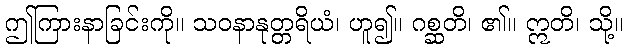
ဤကြားနာခြင်းကို။ သဝနာနုတ္တရိယံ၊ ဟူ၍။ ဂစ္ဆတိ၊ ၏။ ဣတိ၊ သို့။